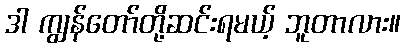
ဒါ ကျွန်တော်တို့ဆင်းရမယ့် ဘူတာလား။